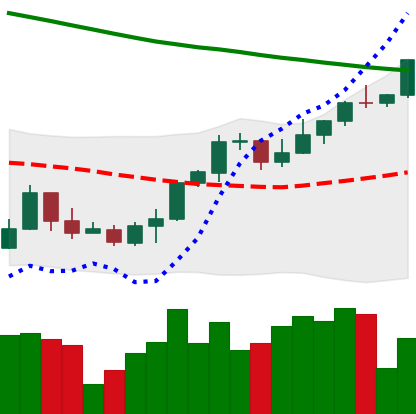
Ticker: ETH-USD
Chart end date: 2022-03-27
Forward return: 4.799%
Label: up_3_5